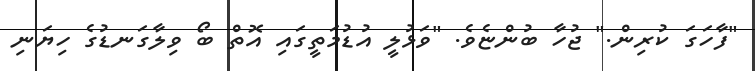
"ފާހަގަ ކުރިން." ޖުހާ ބުންޏެވެ. "ވަޅުލީ އުޑުމަތީގައި އޮތް ބޯ ވިލާގަނޑުގެ ހިޔަނި